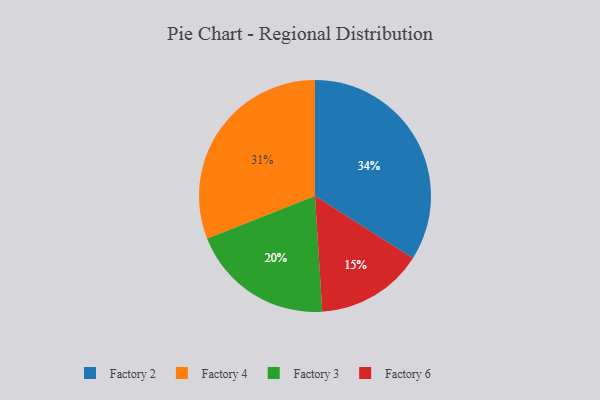
{"axis": {"x": "Category", "y": "Percentage"}, "legend": ["Factory 2", "Factory 3", "Factory 4", "Factory 6"], "data": [{"x": "Factory 2", "y": 34, "type": "Factory 2"}, {"x": "Factory 6", "y": 15, "type": "Factory 6"}, {"x": "Factory 3", "y": 20, "type": "Factory 3"}, {"x": "Factory 4", "y": 31, "type": "Factory 4"}]}